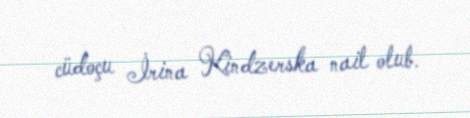
cüdoçu İrina Kindzerska nail olub.